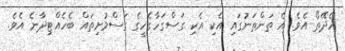
ހެދޭތޯ އެވެ. އެ ތަންތަނުގައި އެކި އެކި ގަސްގަހާގެހީގެ ގަސްމުށިތައް ބެހެއްޓިދާނެ އެވެ.